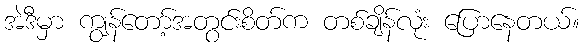
အဲဒီမှာ ကျွန်တော့်အတွင်းစိတ်က တစ်ချိန်လုံး ပြောနေတယ်။